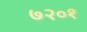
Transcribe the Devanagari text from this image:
७२०१